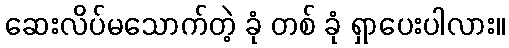
ဆေးလိပ်မသောက်တဲ့ ခုံ တစ် ခုံ ရှာပေးပါလား။